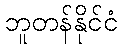
ဘူတန်နိုင်ငံ